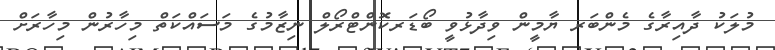
މުލަކު ދާއިރާގެ މެންބަރ ޔާމީން ވިދާޅުވީ ބޯޑަރކޮންޓްރޯލް ނިޒާމުގެ މަސައްކަތް މިހާރުން މިހާރަށް